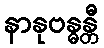
နာနုဗန္ဓန္တီ